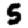
Digit: 5